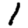
Digit: 1